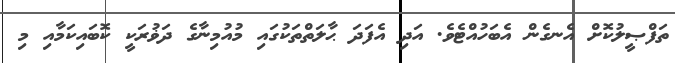
ތަފްޞީލުކޮށް އެނގެން އެބަހުއްޓެވެ. އަދި އެފަދަ ޙާލަތްތަކުގައި މުއުމިނާގެ ދަޥުރަކީ ކޮބައިކަމާއި މި